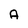
Character: A